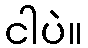
ငါပဲ။